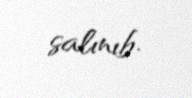
salınıb.